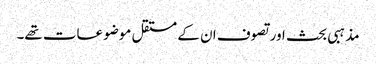
مذہبی بحث اور تصوف ان کے مستقل موضوعات تھے۔